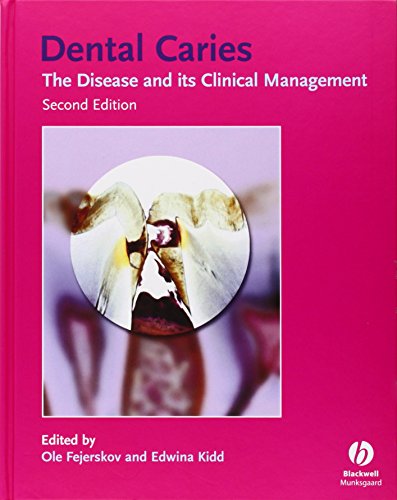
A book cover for Dental Caries: The Disease and Its Clinical Management; Medical Books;